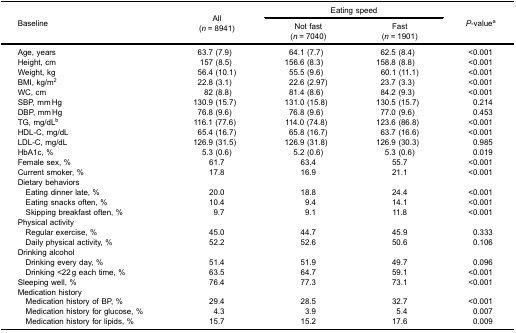
<table><thead><tr><td rowspan="3"><b>Baseline</b></td><td rowspan="3"><b>All(<i>n</i> = 8941)</b></td><td colspan="2"><b>Eating speed</b></td><td rowspan="3"><b><i>P</i>-value<sup>a</sup></b></td></tr><tr><td><b>Not fast(<i>n</i> = 7040)</b></td><td><b>Fast(<i>n</i> = 1901)</b></td></tr></thead><tbody><tr><td>Age, years</td><td>63.7 (7.9)</td><td>64.1 (7.7)</td><td>62.5 (8.4)</td><td>&lt;0.001</td></tr><tr><td>Height, cm</td><td>157 (8.5)</td><td>156.6 (8.3)</td><td>158.8 (8.8)</td><td>&lt;0.001</td></tr><tr><td>Weight, kg</td><td>56.4 (10.1)</td><td>55.5 (9.6)</td><td>60.1 (11.1)</td><td>&lt;0.001</td></tr><tr><td>BMI, kg/m<sup>2</sup></td><td>22.8 (3.1)</td><td>22.6 (2.97)</td><td>23.7 (3.3)</td><td>&lt;0.001</td></tr><tr><td>WC, cm</td><td>82 (8.8)</td><td>81.4 (8.6)</td><td>84.2 (9.3)</td><td>&lt;0.001</td></tr><tr><td>SBP, mm Hg</td><td>130.9 (15.7)</td><td>131.0 (15.8)</td><td>130.5 (15.7)</td><td>0.214</td></tr><tr><td>DBP, mm Hg</td><td>76.8 (9.6)</td><td>76.8 (9.6)</td><td>77.0 (9.6)</td><td>0.453</td></tr><tr><td>TG, mg/dL<sup>b</sup></td><td>116.1 (77.6)</td><td>114.0 (74.8)</td><td>123.6 (86.8)</td><td>&lt;0.001</td></tr><tr><td>HDL-C, mg/dL</td><td>65.4 (16.7)</td><td>65.8 (16.7)</td><td>63.7 (16.6)</td><td>&lt;0.001</td></tr><tr><td>LDL-C, mg/dL</td><td>126.9 (31.5)</td><td>126.9 (31.8)</td><td>126.9 (30.3)</td><td>0.985</td></tr><tr><td>HbA1c, %</td><td>5.3 (0.6)</td><td>5.2 (0.6)</td><td>5.3 (0.6)</td><td>0.019</td></tr><tr><td>Female sex, %</td><td>61.7</td><td>63.4</td><td>55.7</td><td>&lt;0.001</td></tr><tr><td>Current smoker, %</td><td>17.8</td><td>16.9</td><td>21.1</td><td>&lt;0.001</td></tr><tr><td>Dietary behaviors</td><td> </td><td> </td><td> </td><td> </td></tr><tr><td> Eating dinner late, %</td><td>20.0</td><td>18.8</td><td>24.4</td><td>&lt;0.001</td></tr><tr><td> Eating snacks often, %</td><td>10.4</td><td>9.4</td><td>14.1</td><td>&lt;0.001</td></tr><tr><td> Skipping breakfast often, %</td><td>9.7</td><td>9.1</td><td>11.8</td><td>&lt;0.001</td></tr><tr><td>Physical activity</td><td> </td><td> </td><td> </td><td> </td></tr><tr><td> Regular exercise, %</td><td>45.0</td><td>44.7</td><td>45.9</td><td>0.333</td></tr><tr><td> Daily physical activity, %</td><td>52.2</td><td>52.6</td><td>50.6</td><td>0.106</td></tr><tr><td>Drinking alcohol</td><td> </td><td> </td><td> </td><td> </td></tr><tr><td> Drinking every day, %</td><td>51.4</td><td>51.9</td><td>49.7</td><td>0.096</td></tr><tr><td> Drinking &lt;22 g each time, %</td><td>63.5</td><td>64.7</td><td>59.1</td><td>&lt;0.001</td></tr><tr><td>Sleeping well, %</td><td>76.4</td><td>77.3</td><td>73.1</td><td>&lt;0.001</td></tr><tr><td>Medication history</td><td> </td><td> </td><td> </td><td> </td></tr><tr><td> Medication history of BP, %</td><td>29.4</td><td>28.5</td><td>32.7</td><td>&lt;0.001</td></tr><tr><td> Medication history for glucose, %</td><td>4.3</td><td>3.9</td><td>5.4</td><td>0.007</td></tr><tr><td> Medication history for lipids, %</td><td>15.7</td><td>15.2</td><td>17.6</td><td>0.009</td></tr></tbody></table>